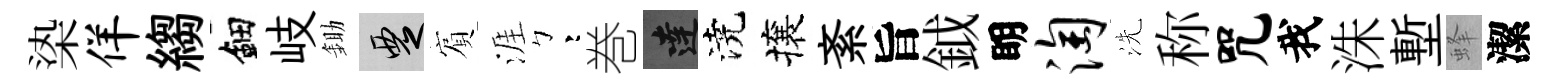
𣑱佯縐鈿岐鋤覂賔涯彎巻達澆攘紊旨鉞眀淘洗称咒我洙塹蜂潔